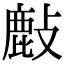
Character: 𢿇